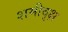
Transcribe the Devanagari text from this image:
शमीवृक्ष